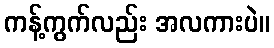
ကန့်ကွက်လည်း အလကားပဲ။